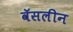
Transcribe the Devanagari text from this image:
वॅसलीन